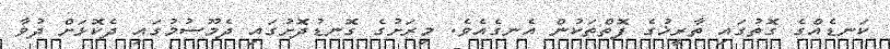
ކަނޑެއްގެ ގޮތުގައި ތާރީޚުގެ ފޮތްތަކުން އެނގެއެވެ. މިރަށުގެ ގޮނޑުދޮށުގައި ދެމޫސުމުގައި ދެކޮޅަށް ދުވާ